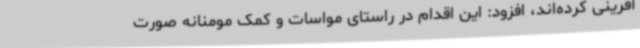
آفرینی کرده‌اند، افزود: این اقدام در راستای مواسات و کمک مومنانه صورت